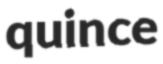
quince